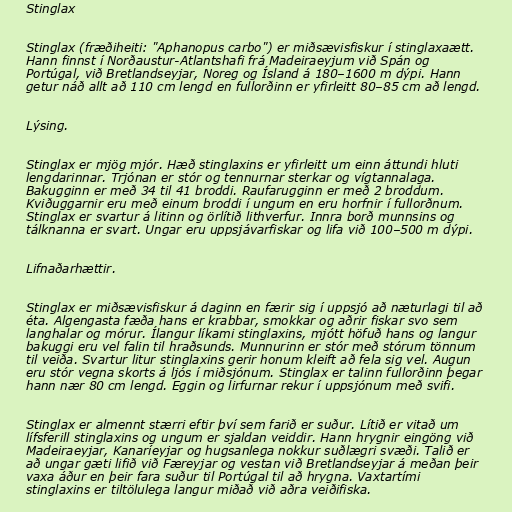
Stinglax

Stinglax (fræðiheiti: "Aphanopus carbo") er miðsævisfiskur í stinglaxaætt.
Hann finnst í Norðaustur-Atlantshafi frá Madeiraeyjum við Spán og
Portúgal, við Bretlandseyjar, Noreg og Ísland á 180–1600 m dýpi. Hann
getur náð allt að 110 cm lengd en fullorðinn er yfirleitt 80–85 cm að lengd.

Lýsing.

Stinglax er mjög mjór. Hæð stinglaxins er yfirleitt um einn áttundi hluti
lengdarinnar. Trjónan er stór og tennurnar sterkar og vígtannalaga.
Bakugginn er með 34 til 41 broddi. Raufarugginn er með 2 broddum.
Kviðuggarnir eru með einum broddi í ungum en eru horfnir í fullorðnum.
Stinglax er svartur á litinn og örlítið lithverfur. Innra borð munnsins og
tálknanna er svart. Ungar eru uppsjávarfiskar og lifa við 100–500 m dýpi.

Lifnaðarhættir.

Stinglax er miðsævisfiskur á daginn en færir sig í uppsjó að næturlagi til að
éta. Algengasta fæða hans er krabbar, smokkar og aðrir fiskar svo sem
langhalar og mórur. Ílangur líkami stinglaxins, mjótt höfuð hans og langur
bakuggi eru vel falin til hraðsunds. Munnurinn er stór með stórum tönnum
til veiða. Svartur litur stinglaxins gerir honum kleift að fela sig vel. Augun
eru stór vegna skorts á ljós í miðsjónum. Stinglax er talinn fullorðinn þegar
hann nær 80 cm lengd. Eggin og lirfurnar rekur í uppsjónum með svifi.

Stinglax er almennt stærri eftir því sem farið er suður. Lítið er vitað um
lífsferill stinglaxins og ungum er sjaldan veiddir. Hann hrygnir eingöng við
Madeiraeyjar, Kanaríeyjar og hugsanlega nokkur suðlægri svæði. Talið er
að ungar gæti lifið við Færeyjar og vestan við Bretlandseyjar á meðan þeir
vaxa áður en þeir fara suður til Portúgal til að hrygna. Vaxtartími
stinglaxins er tiltölulega langur miðað við aðra veiðifiska.